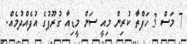
7 މަސް 3 ހަފްތާ ކުރިން މިއީ ސަން މީޑިއާ ގުރޫޕުގެ އުފެއްދުމެއް.